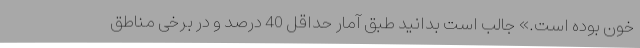
خون بوده است.» جالب است بدانید طبق آمار حداقل 40 درصد و در برخی مناطق